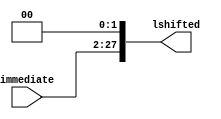
module lshift28(
  input[25:0] immediate,
  output[27:0] lshifted
);

  assign lshifted = immediate<<2;

endmodule

module lshift32(
  input[31:0] immediate,
  output[31:0] lshifted
);

  assign lshifted = immediate<<2;

endmodule